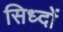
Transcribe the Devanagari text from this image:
सिध्दों